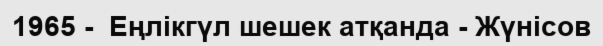
1965 -  Еңлікгүл шешек атқанда - Жүнісов